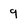
Character: 9